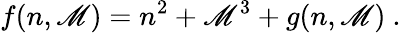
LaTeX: f(n,\mathscr{M})=n^{2}+\mathscr{M}^{3}+g(n,\mathscr{M})~.